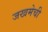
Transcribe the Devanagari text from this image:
जखमेची